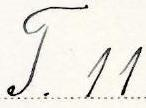
T. 11